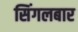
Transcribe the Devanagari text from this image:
सिंगलबार